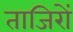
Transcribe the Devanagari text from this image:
ताजिरों